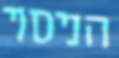
הניסוי